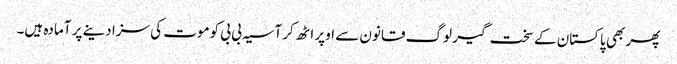
پھر بھی پاکستان کے سخت گیر لوگ قانون سے اوپر اٹھ کر آسیہ بی بی کوموت کی سزا دینے پر آمادہ ہیں۔